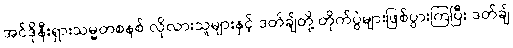
အင်ဒိုနီးရှားသမ္မတစနစ် လိုလားသူများနှင့် ဒတ်ချ်တို့ တိုက်ပွဲများဖြစ်ပွားကြပြီး ဒတ်ချ်